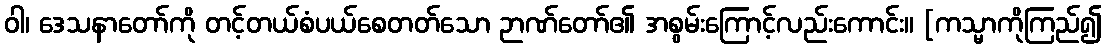
ဝါ၊ ဒေသနာတော်ကို တင့်တယ်စံပယ်စေတတ်သော ဉာဏ်တော်၏ အစွမ်းကြောင့်လည်းကောင်း။ [ကသ္မာကိုကြည်၍